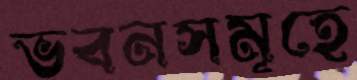
ভবনসমূহে